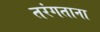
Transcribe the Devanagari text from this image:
तरंगताना